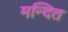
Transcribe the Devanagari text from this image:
मन्दित